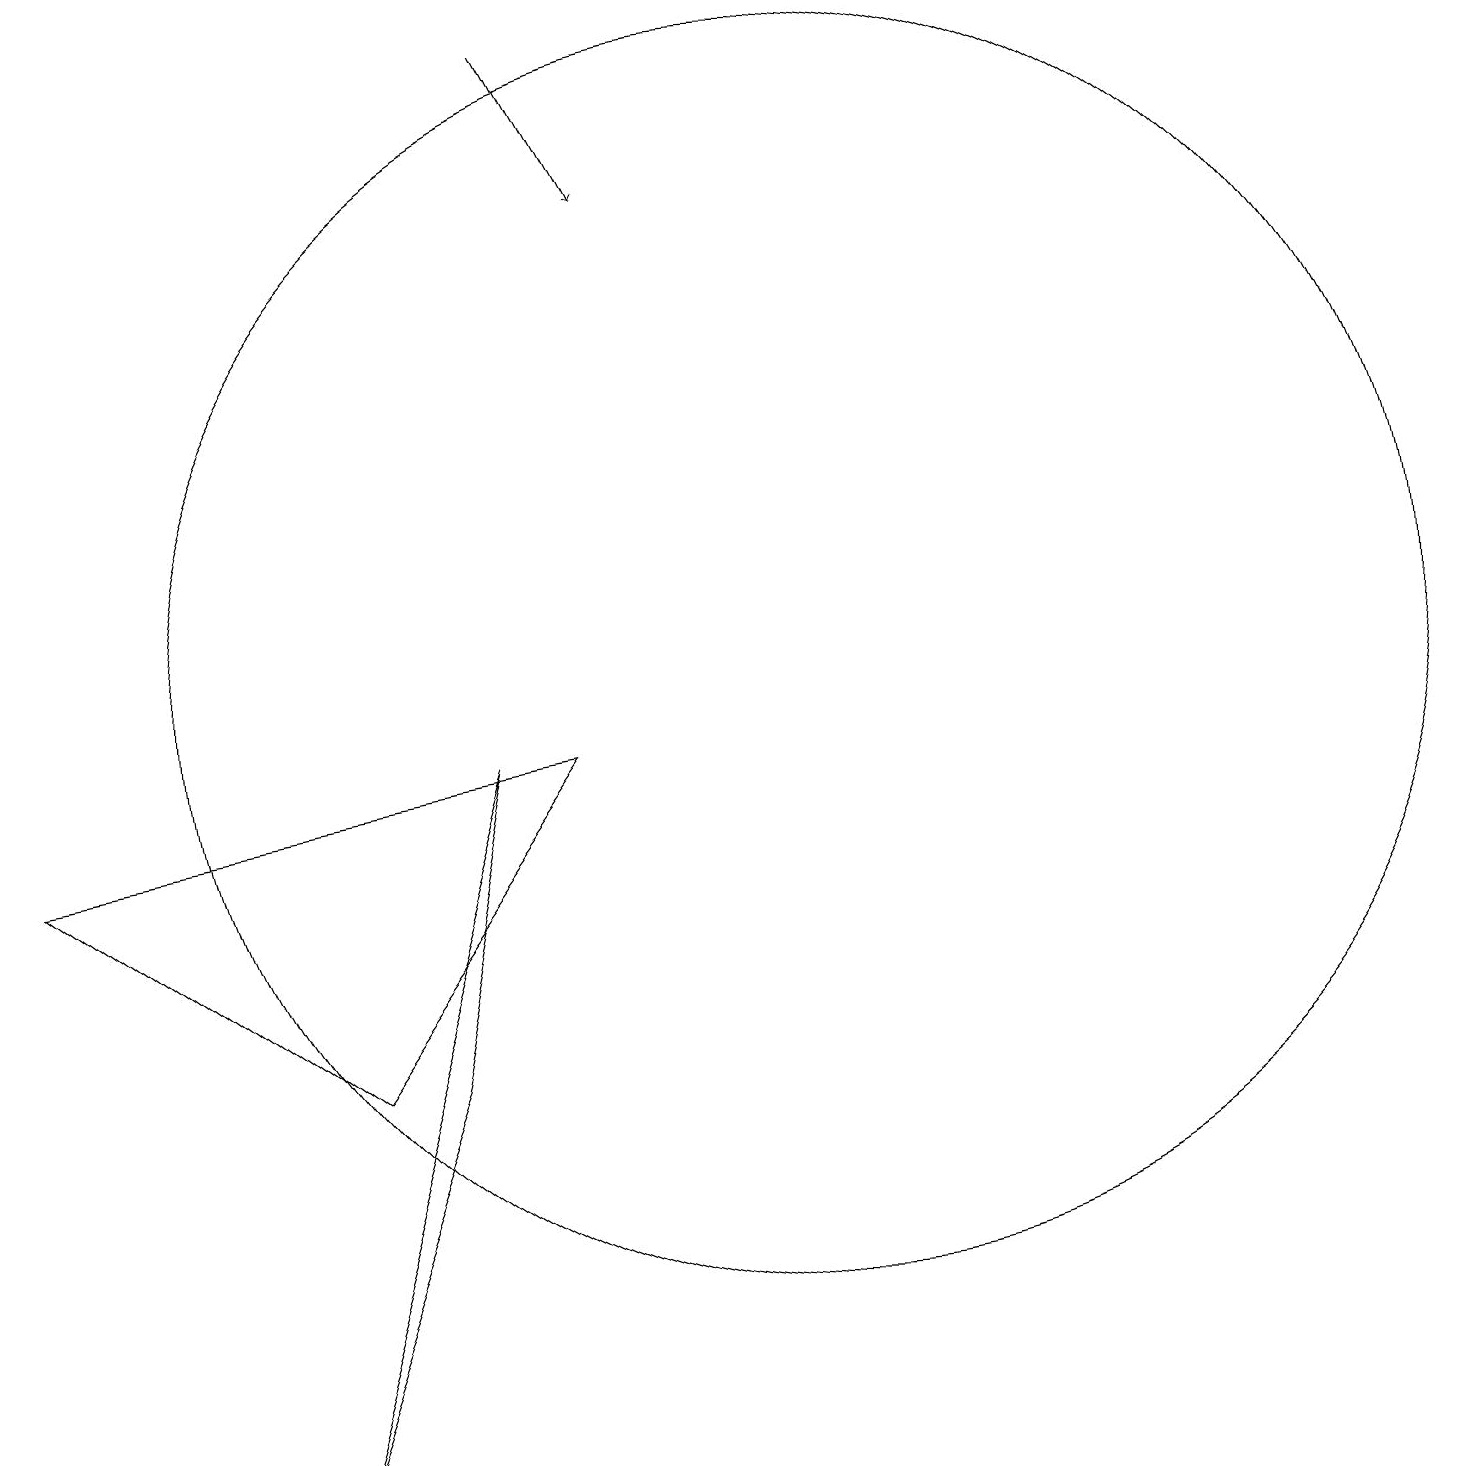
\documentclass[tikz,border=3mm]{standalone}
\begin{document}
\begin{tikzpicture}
\draw (8,9) -- (5,5) -- (1,8) -- cycle;
\draw (6,5) -- (4,0) -- (7,9) -- cycle;
\draw[->] (8,18) -- (9,16);
\draw (11,10) circle (8);
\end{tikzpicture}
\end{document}